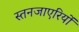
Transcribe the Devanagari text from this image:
स्तनजाएरियों